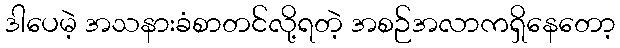
ဒါပေမဲ့ အသနားခံစာတင်လို့ရတဲ့ အစဉ်အလာကရှိနေတော့